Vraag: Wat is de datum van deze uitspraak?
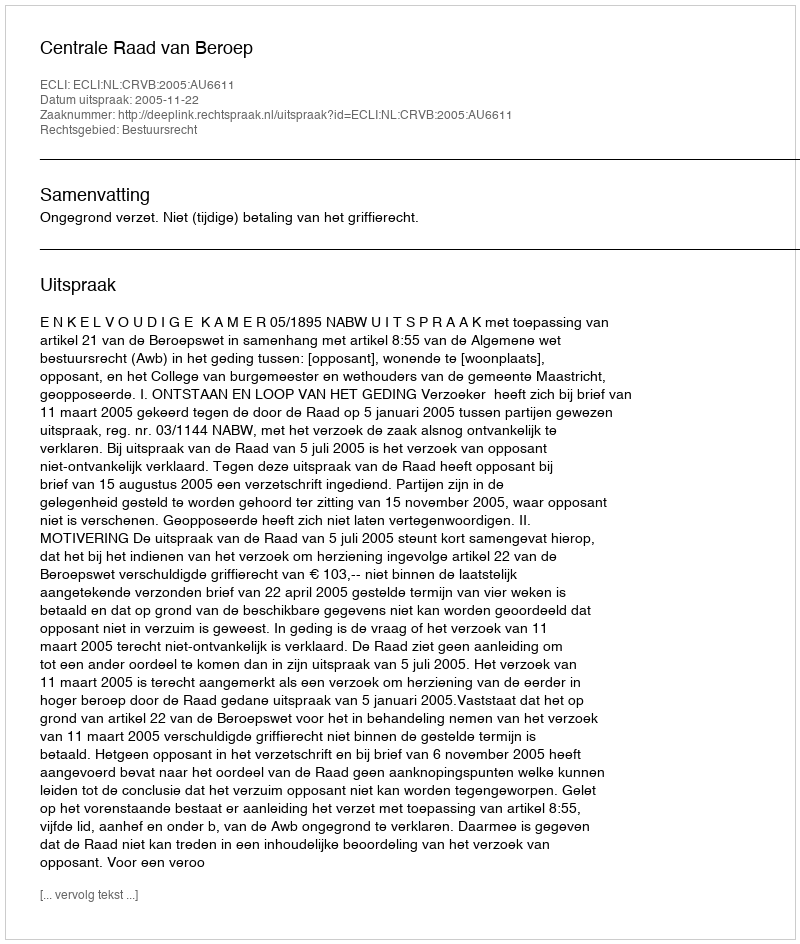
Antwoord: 2005-11-22